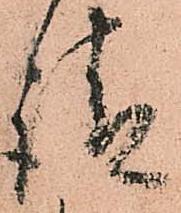
請